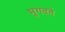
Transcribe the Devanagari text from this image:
भुगतते